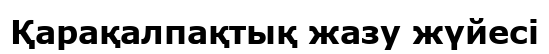
Қарақалпақтық жазу жүйесі